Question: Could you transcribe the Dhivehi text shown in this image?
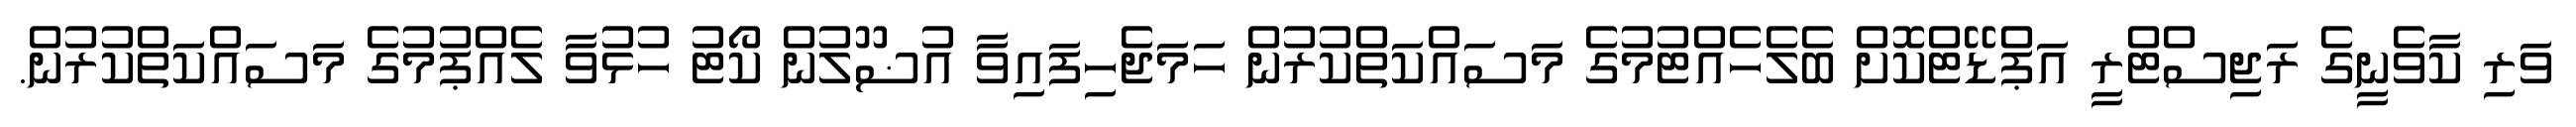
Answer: ވަރި ކާވެނީގެ ރަޖިސްޓްރީ އަޕްޑޭޓްކޮށް ބެލެހެއްޓުމުގެ މަސައްކަތްކުރުން ހަމަޖެހިފައިވާ އުޟޫލުން ކޯޓު ހުޅުވާ ލެއްޕުމުގެ މަސައްކަތްކުރުން.